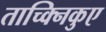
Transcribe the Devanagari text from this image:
ताच्क्निकुए